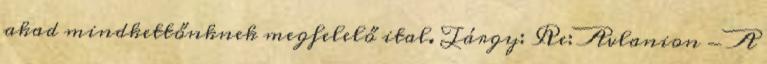
akad mindkettőnknek megfelelő ital. Tárgy: Re: Avlanion - A